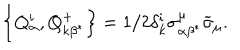
\left\{ Q _ { \alpha } ^ { i } , Q _ { k \beta ^ { * } } ^ { + } \right\} = 1 / 2 \delta _ { k } ^ { i } \sigma _ { \alpha \beta ^ { * } } ^ { \mu } \widetilde { \sigma } _ { \mu } .